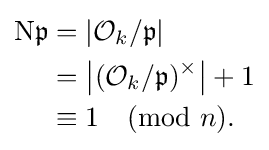
{\begin{aligned}\mathrm {N} {\mathfrak {p}}&=|{\mathcal {O}}_{k}/{\mathfrak {p}}|\\&=\left|({\mathcal {O}}_{k}/{\mathfrak {p}})^{\times }\right|+1\\&\equiv 1{\pmod {n}}.\end{aligned}}